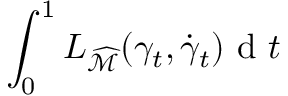
\int _ { 0 } ^ { 1 } L _ { \widehat { \mathcal { M } } } ( \gamma _ { t } , \dot { \gamma } _ { t } ) \mathrm { ~ d ~ } t